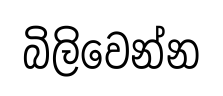
බිලිවෙන්න